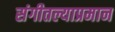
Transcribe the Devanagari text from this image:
संगीतल्याप्रमान